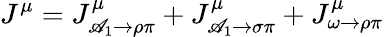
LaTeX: J^{\mu}=J_{\mathscr{A}_{1}\rightarrow\rho\pi}^{\mu}+J_{\mathscr{A}_{1}\rightarrow\sigma\pi}^{\mu}+J_{\omega\rightarrow\rho\pi}^{\mu}